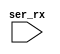
`default_nettype none
/*
 *  SPDX-FileCopyrightText: 2017 Clifford Wolf
 *
 *  PicoSoC - A simple example SoC using PicoRV32
 *
 *  Copyright (C) 2017  Clifford Wolf <clifford@clifford.at>
 *
 *  Permission to use, copy, modify, and/or distribute this software for any
 *  purpose with or without fee is hereby granted, provided that the above
 *  copyright notice and this permission notice appear in all copies.
 *
 *  THE SOFTWARE IS PROVIDED "AS IS" AND THE AUTHOR DISCLAIMS ALL WARRANTIES
 *  WITH REGARD TO THIS SOFTWARE INCLUDING ALL IMPLIED WARRANTIES OF
 *  MERCHANTABILITY AND FITNESS. IN NO EVENT SHALL THE AUTHOR BE LIABLE FOR
 *  ANY SPECIAL, DIRECT, INDIRECT, OR CONSEQUENTIAL DAMAGES OR ANY DAMAGES
 *  WHATSOEVER RESULTING FROM LOSS OF USE, DATA OR PROFITS, WHETHER IN AN
 *  ACTION OF CONTRACT, NEGLIGENCE OR OTHER TORTIOUS ACTION, ARISING OUT OF
 *  OR IN CONNECTION WITH THE USE OR PERFORMANCE OF THIS SOFTWARE.
 *
 *  SPDX-License-Identifier: ISC
 */

`timescale 1 ns / 1 ps

/* tbuart --- mimic an external UART display, operating at 9600 baud	*/
/* and accepting ASCII characters for display.				*/

/* To do:  Match a known UART 3.3V 16x2 LCD display.  However, it	*/
/* should be possible on a testing system to interface to the UART	*/
/* pins on a Raspberry Pi, also running at 3.3V.			*/

module tbuart (
	input  ser_rx
);
	reg [3:0] recv_state;
	reg [2:0] recv_divcnt;
	reg [7:0] recv_pattern;
	reg [8*50-1:0] recv_buf_data;	// 50 characters.  Increase as needed for tests.

	reg clk;

	initial begin
		clk <= 1'b0;
		recv_state <= 0;
		recv_divcnt <= 0;
		recv_pattern <= 0;
		recv_buf_data <= 0;
	end

	// NOTE:  Running at 3.0us clock period @ 5 clocks per bit = 15.0us per
	// bit ~= 64 kbaud. Not tuned to any particular UART.  Most run at
	// 9600 baud default and will bounce up to higher baud rates when
	// passed specific command words.

	always #1500 clk <= (clk === 1'b0);

	always @(posedge clk) begin
		recv_divcnt <= recv_divcnt + 1;
		case (recv_state)
			0: begin
				if (!ser_rx)
					recv_state <= 1;
				recv_divcnt <= 0;
			end
			1: begin
				if (2*recv_divcnt > 3'd3) begin
					recv_state <= 2;
					recv_divcnt <= 0;
				end
			end
			10: begin
				if (recv_divcnt > 3'd3) begin
					// 0x0a = '\n'
					if (recv_pattern == 8'h0a) begin
						$display("output: %s", recv_buf_data);
					end else begin
						recv_buf_data <= {recv_buf_data, recv_pattern};
					end
					recv_state <= 0;
				end
			end
			default: begin
				if (recv_divcnt > 3'd3) begin
					recv_pattern <= {ser_rx, recv_pattern[7:1]};
					recv_state <= recv_state + 1;
					recv_divcnt <= 0;
				end
			end
		endcase
	end

endmodule